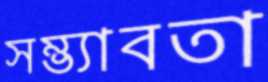
সম্ভ্যাবতা